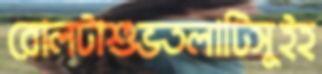
রোলটাশুভতলাটিসুইহ